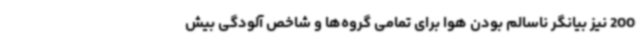
200 نیز بیانگر ناسالم بودن هوا برای تمامی گروه‌ها و شاخص آلودگی بیش